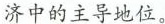
济中的主导地位。